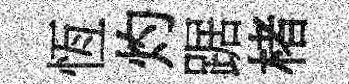
恆灼踞楮